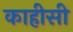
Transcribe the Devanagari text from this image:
काहीसी